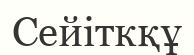
Сейіткқұ